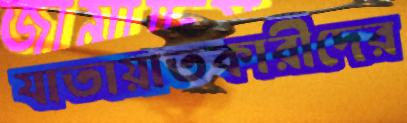
যাতায়াতকারীদের